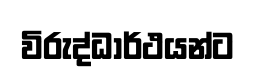
විරුද්ධාර්ථයන්ට